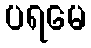
ပရမေ